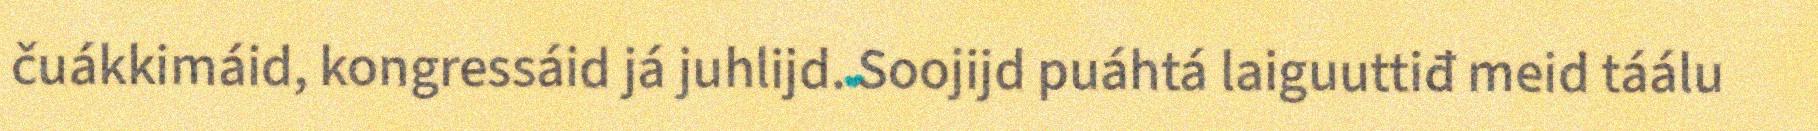
čuákkimáid, kongressáid já juhlijd. Soojijd puáhtá laiguuttiđ meid táálu